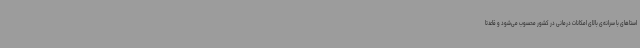
استاهای با سرانه‌ی بالای امکانات درمانی در کشور محسوب می‌شود و قاعدتاً